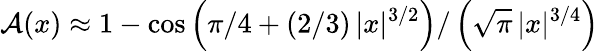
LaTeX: {\mathcal A(x)\approx 1-\cos\left(\pi/4+(2/3)\, |x|^{3/2}\right)/\left(\sqrt{\pi}\, |x|^{3/4}\right)}